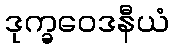
ဒုက္ခဝေဒနီယံ